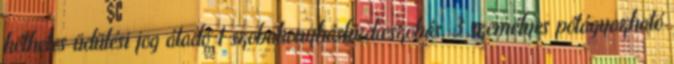
kéthetes üdülési jog átadó 1 szobakonyhásfürdœszobás, 3 személyes pótágyazható